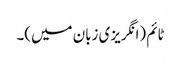
ٹائم (انگریزی زبان میں)۔